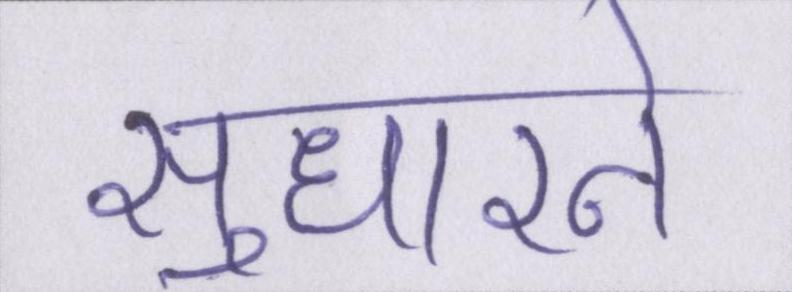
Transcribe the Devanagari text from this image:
सुधारने